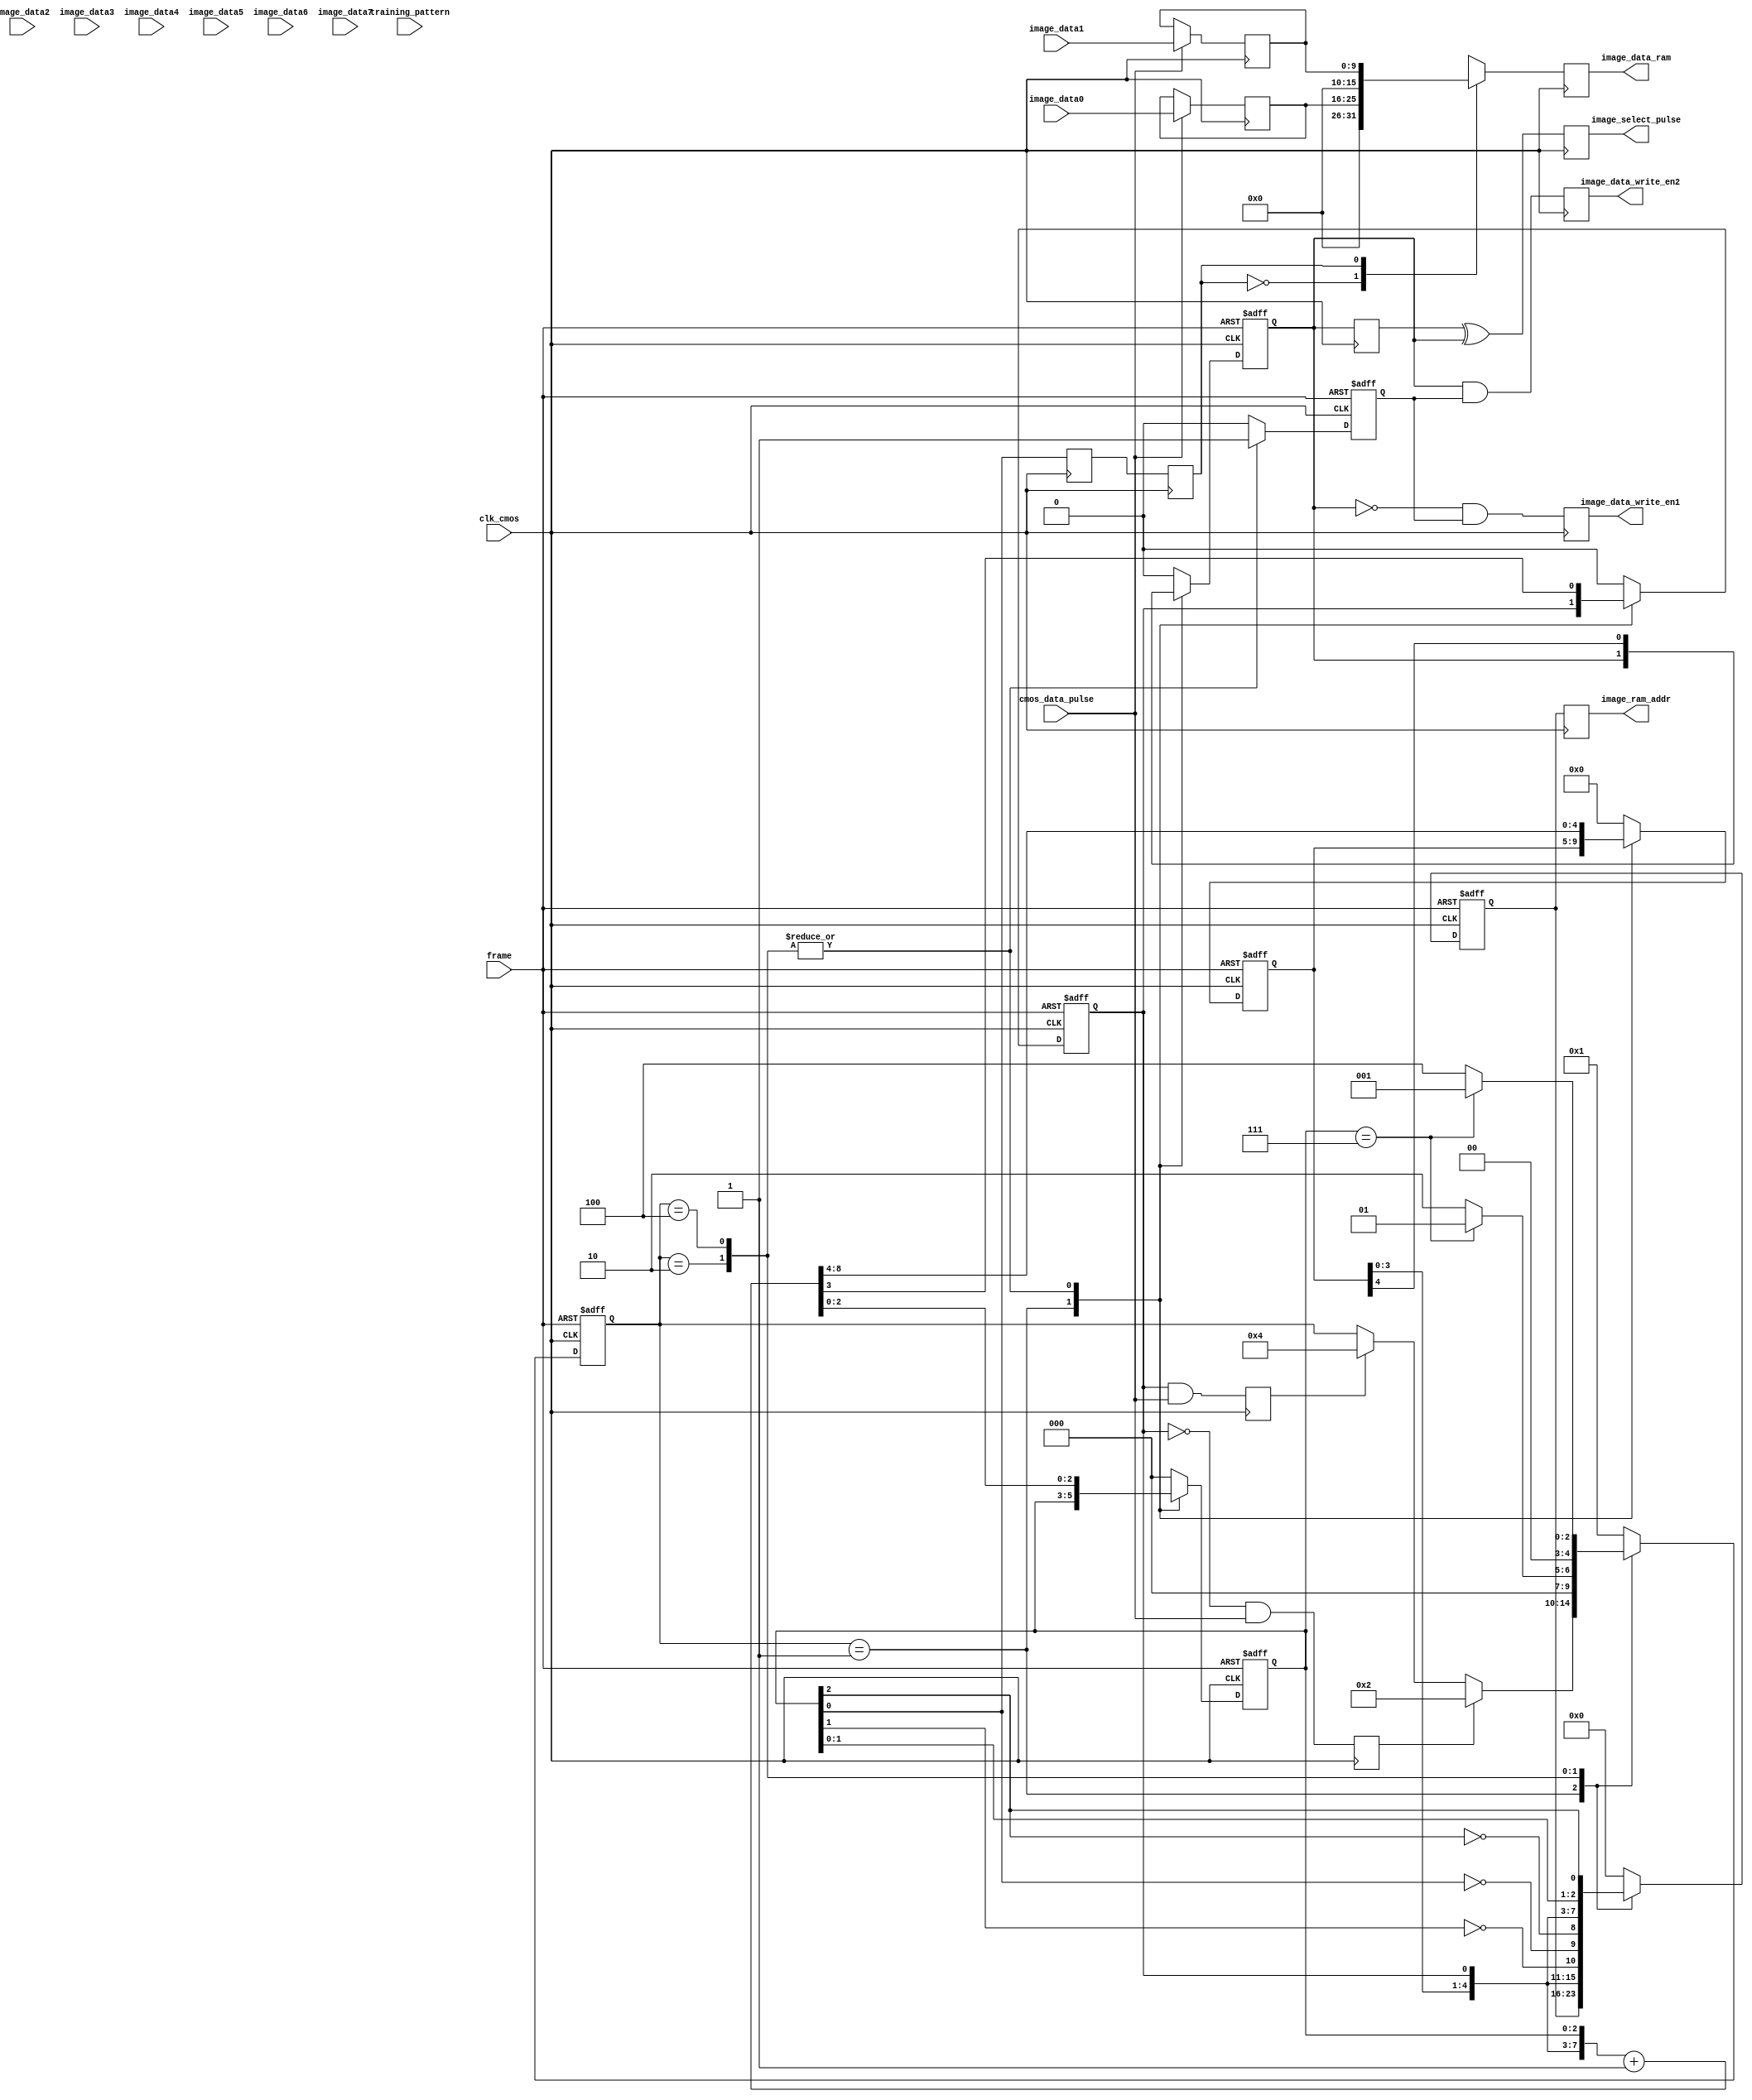
`timescale 1ns / 1ps
//////////////////////////////////////////////////////////////////////////////////
// Company: 
// Engineer: 
// 
// Design Name: 
// Module Name:    image_ram_control 
// Project Name: 
// Target Devices: 
// Tool versions: 
// Description: 
//
// Dependencies: 
//
// Revision: 
// Revision 0.01 - File Created
// Additional Comments: 
//
//////////////////////////////////////////////////////////////////////////////////
module image_ram_control(
			clk_cmos,
			cmos_data_pulse,frame,training_pattern,image_data0,image_data1,image_data2,image_data3,image_data4,image_data5,image_data6,image_data7,
			image_data_ram,image_ram_addr,image_data_write_en1,image_data_write_en2,image_select_pulse
    );
		input clk_cmos            ;  
		input [9:0]image_data0,image_data1,image_data2,image_data3,image_data4,image_data5,image_data6,image_data7;
		input cmos_data_pulse     ;
		input frame               ;
		input training_pattern    ;
		
		output [15:0]image_data_ram;
		output [7:0]image_ram_addr ;
		output image_data_write_en1;
		output image_data_write_en2;
		output image_select_pulse  ;
		
		
		reg    [15:0]image_data_ram;
		reg    [7:0]image_ram_addr ;
		reg    [7:0]image_ram_addr_buf ;
		reg    image_data_write_en1;
		reg    image_data_write_en2;
		reg    image_select        ;
		reg    [2:0]addr_buf1      ;
		reg    [4:0]addr_buf2      ;
		reg    image_select_pulse  ;
		reg    [9:0]image_data0_buf,image_data1_buf,image_data2_buf,image_data3_buf,image_data4_buf,image_data5_buf,image_data6_buf,image_data7_buf;
		

		parameter 
			controller_idle  =  5'b00001 , 
			decode_addr_odd  =  5'b00010 ,
			decode_addr_even =  5'b00100 ,
			output_data      =  5'b01000 ,
			frame_reset      =  5'b00000 ;
		
		reg   [4:0]main_state      ;
		reg   [9:0]image_data_buf1 ;
		reg   [9:0]image_data_buf2 ;
		reg   [9:0]image_data_buf3 ;
		reg   [9:0]image_data_buf4 ;
		reg   image_data_write_en ;
		
		reg   image_select_buf1;
		reg   image_select_buf2;
		
		always @ ( posedge clk_cmos )
			begin
				if ( cmos_data_pulse )
					begin
						image_data0_buf <= image_data0 ;
						image_data1_buf <= image_data1 ;
						image_data2_buf <= image_data2 ;
						image_data3_buf <= image_data3 ;
						image_data4_buf <= image_data4 ;
						image_data5_buf <= image_data5 ;
						image_data6_buf <= image_data6 ;
						image_data7_buf <= image_data7 ;
					end
			end
		
		always @ ( posedge clk_cmos )
			begin
				image_select_buf1  <= image_select ;
				image_select_pulse <= ( image_select_buf1 ) ^ ( image_select ) ;
			end
		
		reg flag_odd_en ;
		reg flag_even_en;
		reg flag_odd_even;
		
		always @ ( posedge clk_cmos )
			begin
				image_data_write_en1 <= ( ~image_select ) && image_data_write_en;
				image_data_write_en2 <= (  image_select ) && image_data_write_en;
				image_ram_addr       <= image_ram_addr_buf ;
			end
		reg  addr_buf1_buf1 ;
		reg  addr_buf1_buf2 ;
		always @ ( posedge clk_cmos )
			begin
				addr_buf1_buf1 <= addr_buf1 ;
				addr_buf1_buf2 <= addr_buf1_buf1 ;
			end
		always @ ( posedge clk_cmos )
			begin
				case ( addr_buf1_buf2 )
					3'b000 :
						begin
							image_data_ram <= {6'b000000 ,image_data0_buf} ;
						end
					3'b001 :
						begin
							image_data_ram <= {6'b000000 ,image_data1_buf}  ;
						end
					3'b010 :
						begin
							image_data_ram <= {6'b000000 ,image_data2_buf}  ;
						end
					3'b011 :
						begin
							image_data_ram <= {6'b000000 ,image_data3_buf}  ;
						end
					3'b100 :
						begin
							image_data_ram <= {6'b000000 ,image_data4_buf}  ;
						end
					3'b101 :
						begin
							image_data_ram <= {6'b000000 ,image_data5_buf}  ;
						end
					3'b110 :
						begin
							image_data_ram <= {6'b000000 ,image_data6_buf}  ;
						end
					3'b111 :
						begin
							image_data_ram <= {6'b000000 ,image_data7_buf}  ;
						end
					default :
						begin
							image_data_ram <= 0 ;
						end
				endcase
			end
		always @ ( posedge clk_cmos )
			begin
				flag_odd_en   <= ( ~flag_odd_even ) && cmos_data_pulse ;
				flag_even_en  <=    flag_odd_even   && cmos_data_pulse ;
			end
		
		
		always @ ( posedge clk_cmos or posedge frame )
			begin
				if ( frame )
					begin
						main_state          <= controller_idle ;
						image_ram_addr_buf      <=  0 ;
						image_data_write_en <=  0 ;
						flag_odd_even       <=  0 ;
						addr_buf1           <=  0 ;
						addr_buf2           <=  0 ;
						image_select        <=  0 ;
					end
				else
					begin
						case ( main_state )
							controller_idle :
								begin
									image_data_write_en       <= 0  ;
									if ( flag_odd_en )
										begin
											main_state                <= decode_addr_odd               ;
											//{flag_odd_even,addr_buf1} <= {flag_odd_even,addr_buf1} + 1 ;
										end
									else
										if ( flag_even_en )
											begin
												main_state                <=  decode_addr_even             ;
												//{flag_odd_even,addr_buf1} <= {flag_odd_even,addr_buf1} + 1 ;
											end
								end
							decode_addr_odd :
								begin
									if ( addr_buf1 == 7 )
										begin
											main_state     <=  controller_idle                                ;
										end
									else
										begin
											main_state     <=  decode_addr_odd                                ;
										end
									{addr_buf2[4:0],flag_odd_even,addr_buf1} <= {addr_buf2[4:0],flag_odd_even,addr_buf1} + 1 ;
									image_ram_addr_buf <= {addr_buf2[3:0],flag_odd_even,(~addr_buf1[1]),(~addr_buf1[0]),(~addr_buf1[2])} ;
									image_data_write_en       <= 1  ;
									image_select   <= addr_buf2[4]                                        ;
								end
							decode_addr_even:
								begin
									if ( addr_buf1 == 7 )
										begin
											main_state     <=  controller_idle                                ;
										end
									else
										begin
											main_state     <=  decode_addr_even                                ;
										end
									{addr_buf2[4:0],flag_odd_even,addr_buf1} <= {addr_buf2[4:0],flag_odd_even,addr_buf1} + 1 ;
									image_ram_addr_buf <= {addr_buf2[3:0],flag_odd_even,addr_buf1[1],addr_buf1[0],addr_buf1[2]}          ;
									//main_state     <=  controller_idle                                                     ;
									image_data_write_en       <= 1  ;
									image_select   <= addr_buf2[4]                                                     ;
								end	
							default         :
								begin
									main_state              <= controller_idle ;
									image_ram_addr_buf          <=  0              ;
									image_data_write_en     <=  0              ;
									flag_odd_even           <=  0 ;
									addr_buf1               <=  0 ;
									addr_buf2               <=  0 ;
									image_select            <=  0 ; 
								end
						endcase
					end
			end

endmodule